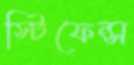
স্টিফেন্স